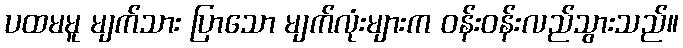
ပထမမူ မျက်သား ပြာသော မျက်လုံးများက ဝန်းဝန်းလည်သွားသည်။